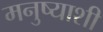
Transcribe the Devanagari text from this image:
मनुष्याशी